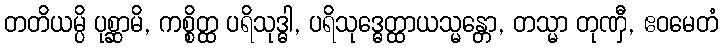
တတိယမ္ပိ ပုစ္ဆာမိ, ကစ္စိတ္ထ ပရိသုဒ္ဓါ, ပရိသုဒ္ဓေတ္ထာယသ္မန္တော, တသ္မာ တုဏှီ, ဧဝမေတံ